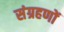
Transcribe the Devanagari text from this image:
संग्रहणों